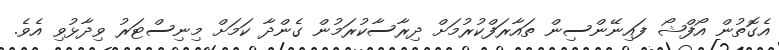
އެގޮތުން އޯފްޝޯ ފައިނޭންސިން ތައާރަފްކުރުމަށް ދިރާސާކުރަމުން ގެންދާ ކަމަށް މިނިސްޓަރު ވިދާޅުވި އެވެ.